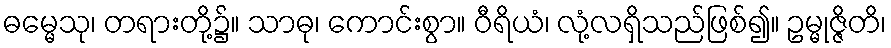
ဓမ္မေသု၊ တရားတို့၌။ သာဓု၊ ကောင်းစွာ။ ဝီရိယံ၊ လုံ့လရှိသည်ဖြစ်၍။ ဥမ္မုဇ္ဇိတိ၊